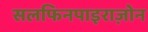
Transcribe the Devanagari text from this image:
सलफिनपाइराज़ोन